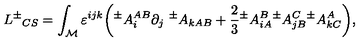
L { ^ { \pm } } _ { C S } = \int _ { \cal M } \varepsilon ^ { i j k } \bigg ( { ^ { \pm } } A _ { i } ^ { A B } \partial _ { j } { \ ^ { \pm } } A _ { k A B } + { \frac { 2 } { 3 } } { ^ { \pm } } A _ { i A } ^ { B } { ^ { \pm } } A _ { j B } ^ { C } { ^ { \pm } } A _ { k C } ^ { A } \bigg ) ,